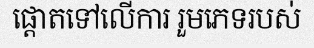
ផ្តោតទៅលើការ រួមភេទរបស់